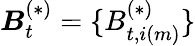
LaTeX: \boldsymbol{B}_{t}^{(*)}=\{ B_{t,i(m)}^{(*)}\}